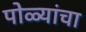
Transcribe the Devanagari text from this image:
पोळ्यांचा